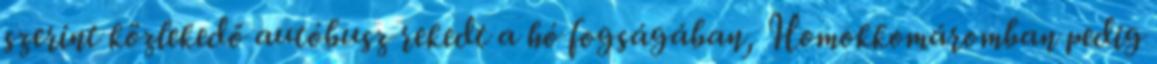
szerint közlekedő autóbusz rekedt a hó fogságában, Homokkomáromban pedig